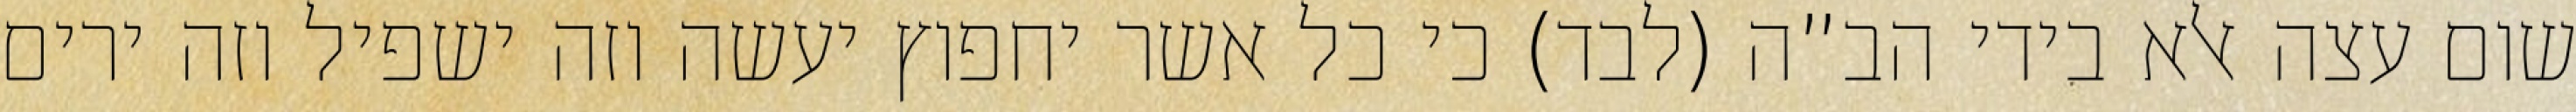
שום עצה אלא בידי הב”ה (לבד) כי כל אשר יחפוץ יעשה וזה ישפיל וזה ירים